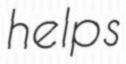
helps